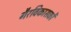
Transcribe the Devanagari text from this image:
गैरविकासकों